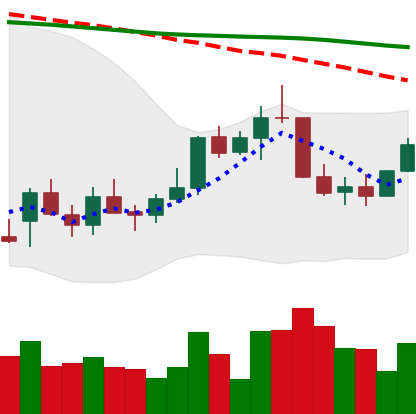
Ticker: LINK-USD
Chart end date: 2022-01-02
Forward return: 18.912%
Label: up_7plus